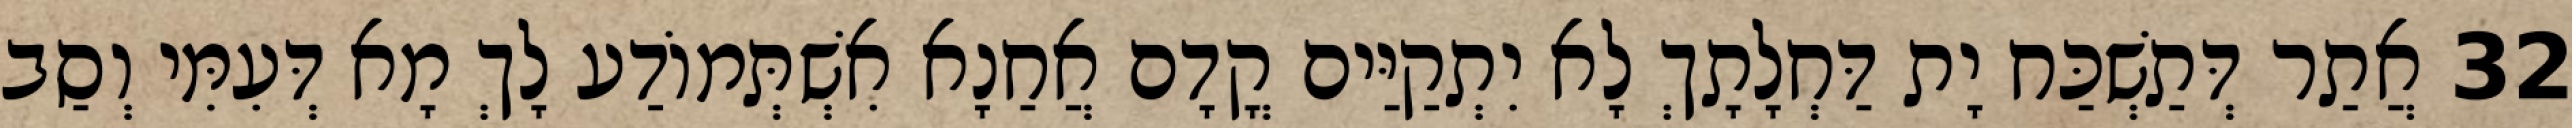
32 אֲתַר דְּתַשְׁכַּח יָת דַּחְלָתָךְ לָא יִתְקַיַּים קֳדָם אֲחַנָא אִשְׁתְּמוֹדַע לָךְ מָא דְּעִמִּי וְסַב